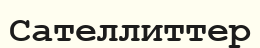
Сателлиттер